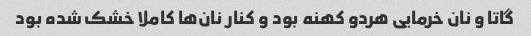
گاتا و نان خرمایی هردو کهنه بود و کنار نان‌ها کاملا خشک شده بود